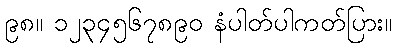
၉၈။ ၁၂၃၄၅၆၇၈၉၀ နံပါတ်ပါကတ်ပြား။